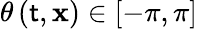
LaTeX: \theta\left(\mathsf{t},\mathbf{{x}}\right)\in\left[-\pi,\pi\right]